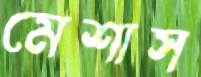
মেশাস